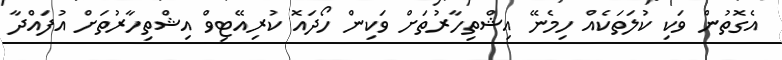
އެގޮތުން ވަކި ކުލަތަކެއް ހިމެނޭ އިޝްތިހާރުތަށް ވަކިން ހޯދައޮ ކުރިއޭޓިވް އިޝްތިހާރުތަށް އުފައްދާ